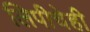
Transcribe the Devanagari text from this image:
लिपीचेही